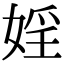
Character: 婬